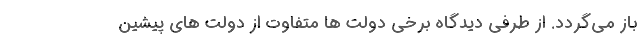
باز می‌گردد. از طرفی دیدگاه برخی دولت ها متفاوت از دولت های پیشین